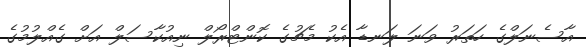
އާސެނަލްގެ ހަތަރު ވަނަ ލަނޑާ އެކު މެޗުގެ ކޮންޓްރޯލް ނިއުކާސަލް އަށް ގެއްލުމުގެ